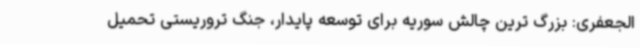
الجعفری: بزرگ ترین چالش سوریه برای توسعه پایدار، جنگ تروریستی تحمیل